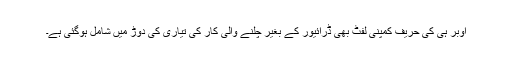
اوبر ہی کی حریف کمپنی لفٹ بھی ڈرائیور کے بغیر چلنے والی کار کی تیاری کی دوڑ میں شامل ہوگئی ہے۔